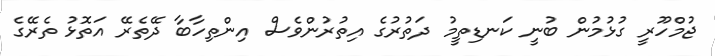
ޖުމްހޫރީ ގުޅުމުން ބުނީ ކަނޑިތީމު ދަތުރުގެ އިތުރުންވެސް އިންތިހާބާ ދޭތެރޭ އަތޮޅު ތެރޭގެ